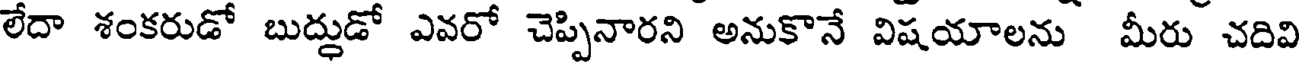
లేదా శంకరుడో బుద్దుడో ఎవరో చెప్పినారని అనుకొనే విషయాలను మీరు చదివి